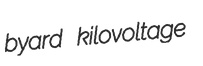
byard kilovoltage